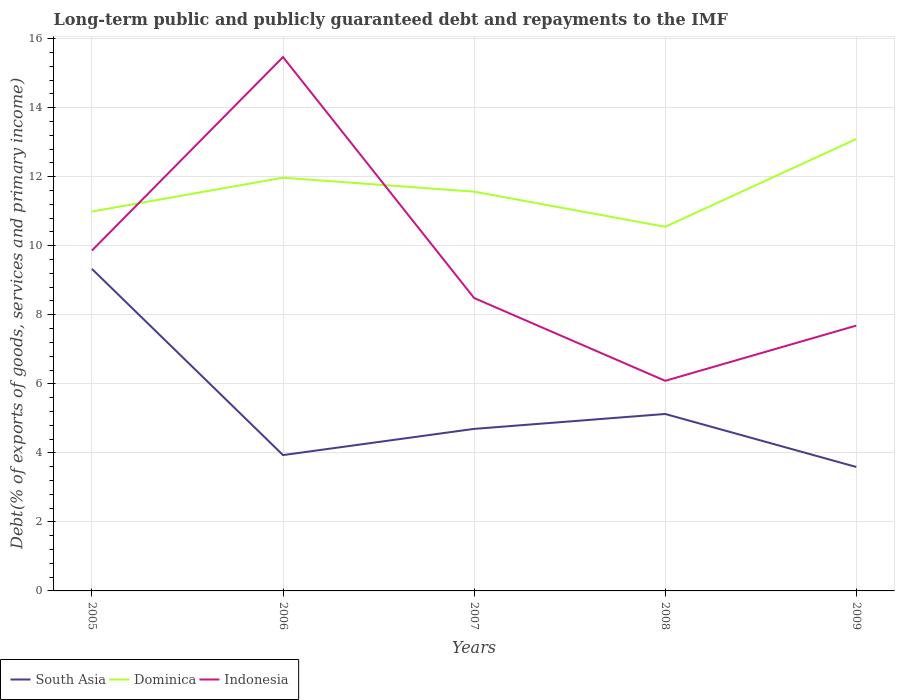
| Years | South Asia | Dominica | Indonesia |
 | --- | --- | --- | --- |
 | 2005 | 9.33 | 11 | 9.86 |
 | 2006 | 3.94 | 12 | 15.5 |
 | 2007 | 4.69 | 11.6 | 8.49 |
 | 2008 | 5.13 | 10.5 | 6.09 |
 | 2009 | 3.59 | 13.1 | 7.69 |